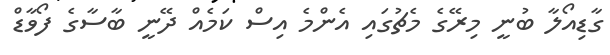
ގާޑިއޯލާ ބުނީ މިރޭގެ މެޗުގައި އެންމެ އިސް ކަމެއް ދޭނީ ބާސާގެ ފޯވާޑް